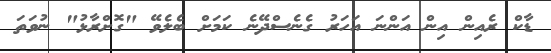
ޑާކް ރެއިން އިން އަންނަ އަހަރު ގެނެސްދޭނެ ކަމަށް ބެލެވޭ "ގޮށްރާޅު" ނުވަތަ